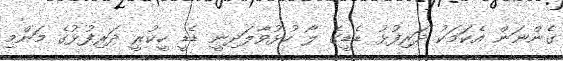
ގެންނަން އެކަމަކު ދަރިފުޅު ޑެޑީގެ ލޯ ހުޅުވާލަދިނީ ޑެޑީ ހީކުރީ ދަރިފުޅުގެ މަންމި